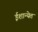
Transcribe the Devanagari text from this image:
ईशान्येत